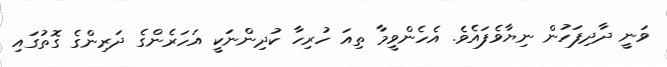
ވަނީ ދާދިފަހުން ނިޔާވެފައެވެ. އެހެންވީމާ ތިއަ ހުރިހާ ކުދިންނަކީ އަހަރެންގެ ދަރިންގެ ގޮތުގައި